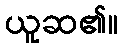
ယူဆ၏။